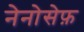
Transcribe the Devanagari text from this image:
नेनोसेफ़